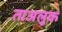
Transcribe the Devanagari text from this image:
ताअलुक